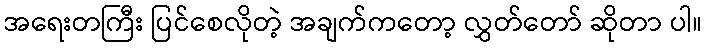
အရေးတကြီး ပြင်စေလိုတဲ့ အချက်ကတော့ လွှတ်တော် ဆိုတာ ပါ။